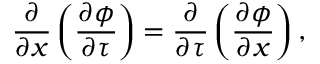
\frac { \partial } { \partial x } \left( \frac { \partial \phi } { \partial \tau } \right) = \frac { \partial } { \partial \tau } \left( \frac { \partial \phi } { \partial x } \right) ,